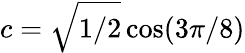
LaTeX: c=\sqrt{{1}/{2}}\cos({3\pi}/{8})